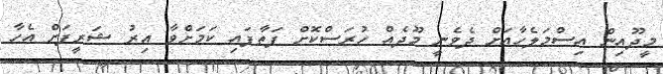
މީދޫއިން އިސްމަލެހާއަށް ދެވެނީ މޫދެއް ހުރަސްކޮށް ފަތާފައި ކަމަށްވާ އިރު ޝަރީފަށް އެހާ